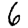
Digit: 6